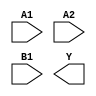
module sky130_fd_sc_hs__o21ai (
    //# {{data|Data Signals}}
    input  A1,
    input  A2,
    input  B1,
    output Y
);

    // Voltage supply signals
    supply1 VPWR;
    supply0 VGND;

endmodule